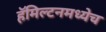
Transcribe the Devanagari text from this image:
हॅमिल्टनमध्येच